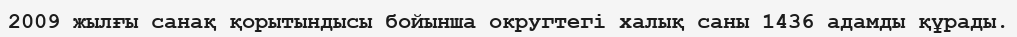
2009 жылғы санақ қорытындысы бойынша округтегі халық саны 1436 адамды құрады.